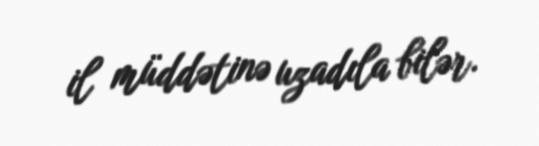
il müddətinə uzadıla bilər.